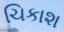
ચિકાશ